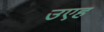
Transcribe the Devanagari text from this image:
उएह